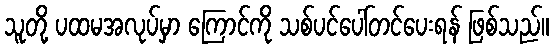
သူတို့ ပထမအလုပ်မှာ ကြောင်ကို သစ်ပင်ပေါ်တင်ပေးရန် ဖြစ်သည်။